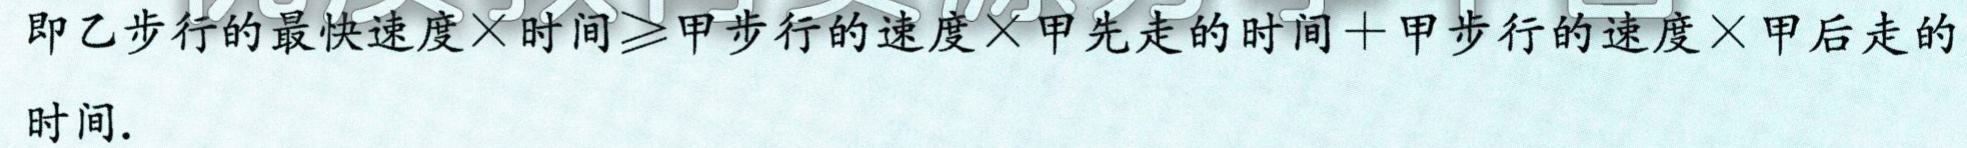
即乙步行的最快速度×时间$\geqslant$甲步行的速度×甲先走的时间＋甲步行的速度×甲后走的时间.